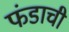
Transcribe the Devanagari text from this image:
फंडाची